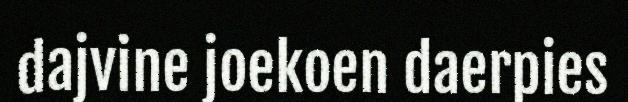
dajvine joekoen daerpies